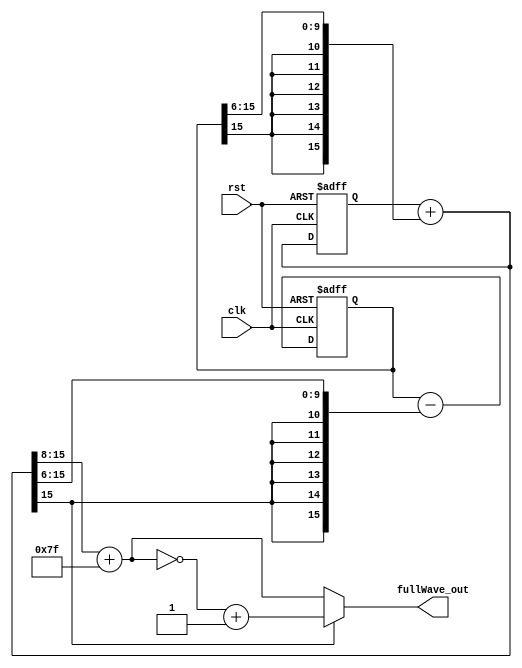
`timescale 1 ps/ 1 ps

module full_wave(clk,
                 rst, 
                 fullWave_out);
                   
   input clk,
         rst;
   output [7:0] fullWave_out;
 
   wire [15:0] sine, 
               cosine;
   reg  [15:0] pre_sine,
               pre_cosine;

   assign sine = pre_sine + {{(6){pre_cosine[15]}}, pre_cosine[15:6]};
   assign cosine = pre_cosine - {{(6){sine[15]}}, sine[15:6]};
   assign fullWave_out = (~sine[15]) ? (sine[15:8] + 8'b01111111) : (~(sine[15:8] + 8'b01111111) + 1'b1);   
  
   always @(posedge clk, posedge rst) begin
        if (rst) begin
            pre_sine <= 16'b0;
            pre_cosine <= 16'b0111010100110000;
        end
        else begin
            pre_sine <= sine;
            pre_cosine <= cosine;
        end
   end 
     
endmodule